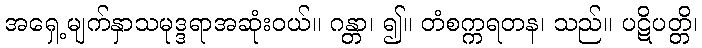
အရှေ့မျက်နှာသမုဒ္ဒရာအဆုံးဝယ်။ ဂန္တာ၊ ၍။ တံစက္ကရတန၊ သည်။ ပဋိပတ္တိ၊